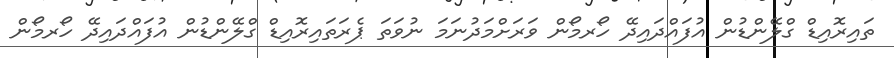
ތައިރޮއިޑް ގްލޭންޑުން އުފައްދައިދޭ ހޯރމޯން ވަރަށްމަދުނަމަ ނުވަތަ ޕެރަތައިރޮއިޑް ގްލޭންޑުން އުފައްދައިދޭ ހޯރމޯން